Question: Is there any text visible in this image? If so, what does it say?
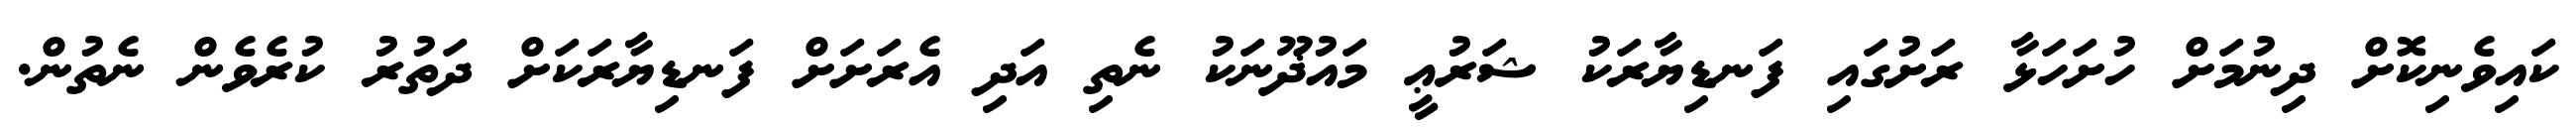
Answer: ކައިވެނިކޮށް ދިނުމަށް ހުށަހަޅާ ރަށުގައި ފަނޑިޔާރަކު ޝަރުޢީ މައުޛޫނަކު ނެތި އަދި އެރަށަށް ފަނޑިޔާރަކަށް ދަތުރު ކުރެވެން ނެތުން.